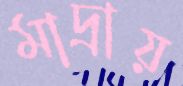
মাদ্রায়